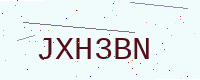
Text: JXH3BN